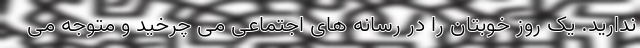
ندارید. یک روز خوبتان را در رسانه های اجتماعی می چرخید و متوجه می